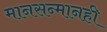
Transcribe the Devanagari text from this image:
मानसन्मानही